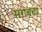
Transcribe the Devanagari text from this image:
मगवटा